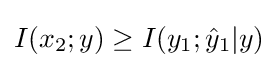
I(x_{2};y)\geq I(y_{1};{\hat {y}}_{1}|y)